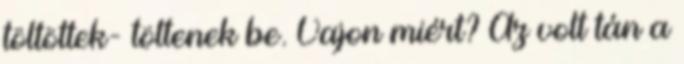
töltöttek- töltenek be. Vajon miért? Az volt tán a